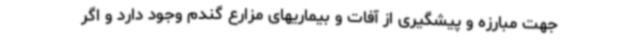
جهت مبارزه و پیشگیری از آفات و بیماریهای مزارع گندم وجود دارد و اگر